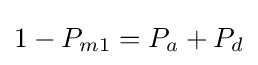
1-P_{m1}=P_{a}+P_{d}